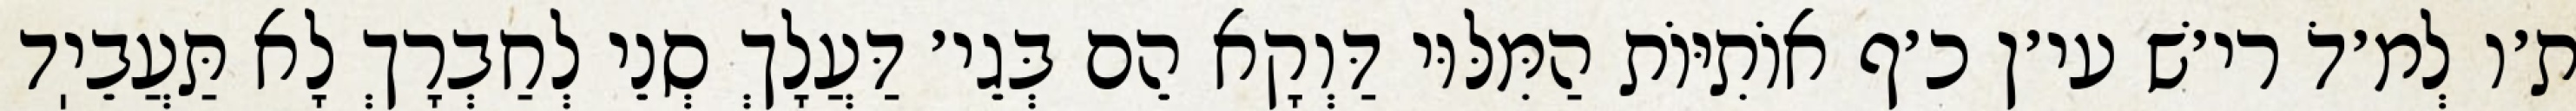
ת׳ו לְמ׳דֹ רי׳שׁ עי׳ן כ׳ף אוֹתִיּוֹת הַמִּלּוּי דַּוְקָא הֵם בְּגֵי׳ דַּעֲלָךְ סְנֵי לְחַבְרָךְ לָא תַּעֲבֵיֽד